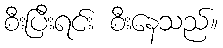
စီးပြီးရင်း စီးနေသည်။